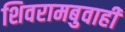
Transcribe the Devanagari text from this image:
शिवरामबुवाही